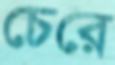
চেরে